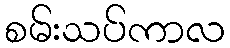
စမ်းသပ်ကာလ